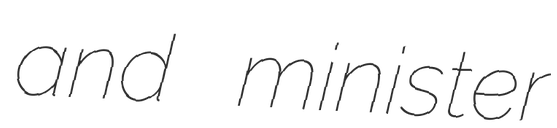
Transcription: and minister